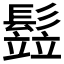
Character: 𩮗